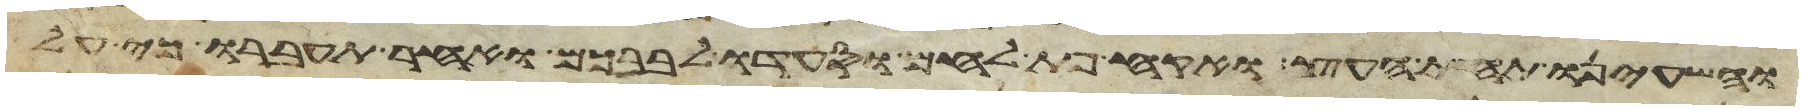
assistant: והשעינו תחת העץ ואקח פת לחם וסעדו לבבכם ואחר תעברו כי על